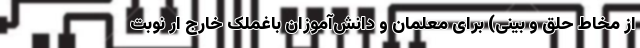
از مخاط حلق و بینی) برای معلمان و دانش‌آموزان باغملک خارج ار نوبت